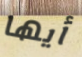
أيها